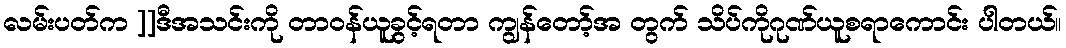
လမ်းပတ်က ]]ဒီအသင်းကို တာဝန်ယူခွင့်ရတာ ကျွန်တော့်အ တွက် သိပ်ကိုဂုဏ်ယူစရာကောင်း ပါတယ်။